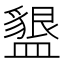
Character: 𭾒